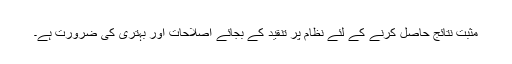
مثبت نتائج حاصل کرنے کے لئے نظام پر تنقید کے بجائے اصلاحات اور بہتری کی ضرورت ہے۔